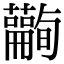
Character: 𧄪